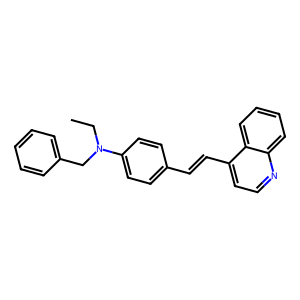
SMILES: CCN(Cc1ccccc1)c1ccc(C=Cc2ccnc3ccccc23)cc1
Inhibits HIV replication: No